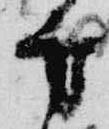
方